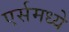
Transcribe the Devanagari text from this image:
एर्समध्ये